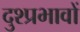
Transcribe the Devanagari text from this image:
दुश्प्रभावों